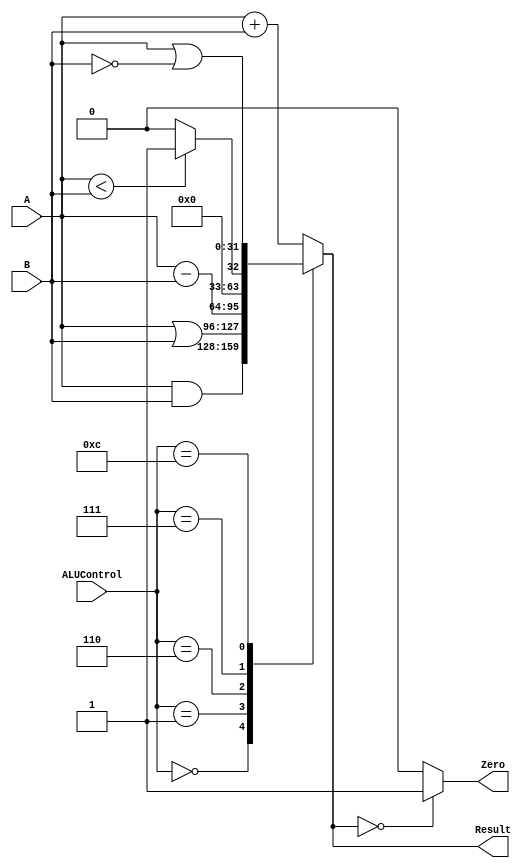
module ALU(Zero, Result, A, B, ALUControl);
  output Zero;
  output reg [31:0] Result;
  input [31:0] A, B;
  input [3:0] ALUControl;
  
  always @(*)
  begin
    case(ALUControl)
      4'b0000: Result = A & B;
      4'b0001: Result = A | B;
      4'b0010: Result = A + B;
      4'b0110: Result = A - B;
      4'b0111: Result = (A<B) ? 32'd1 :  32'd0;
      4'b1100: Result = (A |~ B);
      default Result = A + B;
    endcase
  end
  assign Zero = (Result == 32'd0) ? 1'b1 : 1'b0;
endmodule